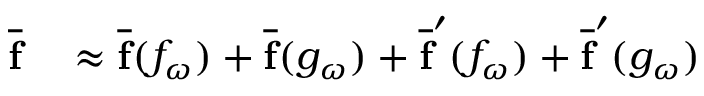
\begin{array} { r l } { \overline { { \mathbf { f } } } } & { { } \approx \overline { { \mathbf { f } } } ( f _ { \omega } ) + \overline { { \mathbf { f } } } ( g _ { \omega } ) + \overline { { \mathbf { f } } } ^ { \prime } ( f _ { \omega } ) + \overline { { \mathbf { f } } } ^ { \prime } ( g _ { \omega } ) } \end{array}